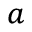
^ { a }